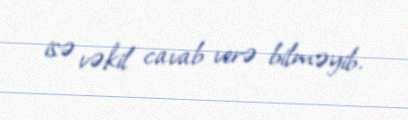
isə vəkil cavab verə bilməyib.